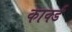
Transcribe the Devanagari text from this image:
कार्क्ड